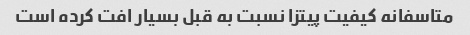
متاسفانه کیفیت پیتزا نسبت به قبل بسیار افت کرده است